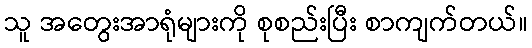
သူ အတွေးအာရုံများကို စုစည်းပြီး စာကျက်တယ်။